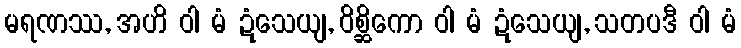
မရဏဿ, အဟိ ဝါ မံ ဍံသေယျ, ဝိစ္ဆိကော ဝါ မံ ဍံသေယျ, သတပဒီ ဝါ မံ